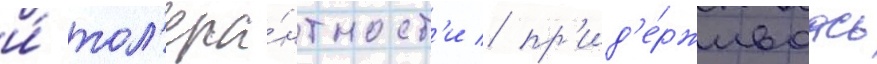
и́ тол'ера́нтност'и / пр'ид'е́рживаась